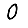
Digit: 0